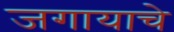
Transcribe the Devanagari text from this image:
जगायाचे